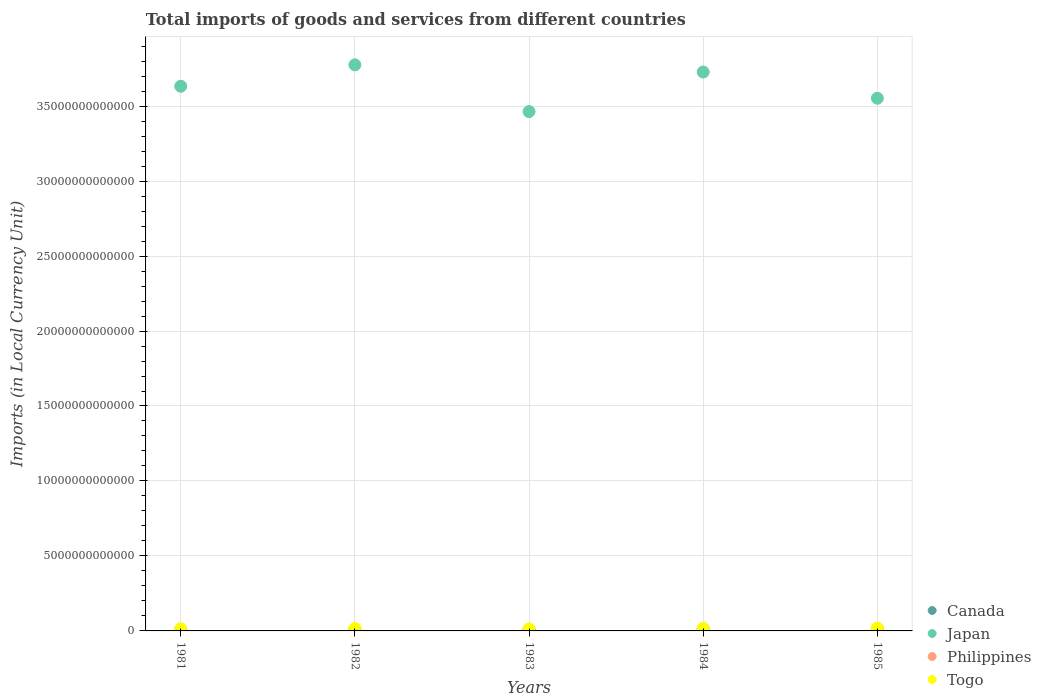
| Years | Canada | Japan | Philippines | Togo |
 | --- | --- | --- | --- | --- |
 | 1981 | 9.42e+10 | 3.63e+13 | 7.65e+10 | 1.38e+11 |
 | 1982 | 8.26e+10 | 3.78e+13 | 8.29e+10 | 1.58e+11 |
 | 1983 | 9.11e+10 | 3.46e+13 | 1.04e+11 | 1.36e+11 |
 | 1984 | 1.13e+11 | 3.73e+13 | 1.32e+11 | 1.67e+11 |
 | 1985 | 1.26e+11 | 3.55e+13 | 1.25e+11 | 1.96e+11 |